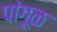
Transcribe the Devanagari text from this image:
पांगूळ